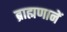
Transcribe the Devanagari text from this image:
ब्राह्मणानें